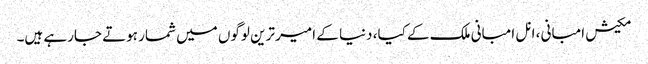
مکیش امبانی ، انل امبانی ملک کے کیا، دنیا کے امیر ترین لوگوں میں شمار ہوتے جارہے ہیں۔